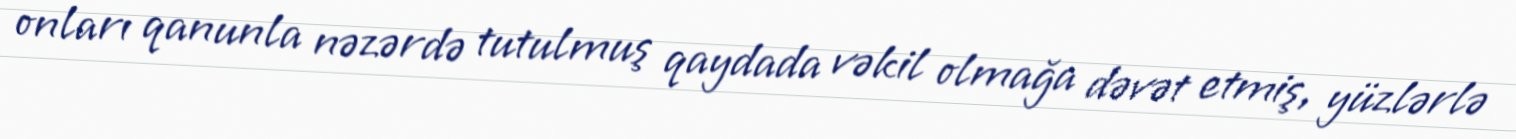
onları qanunla nəzərdə tutulmuş qaydada vəkil olmağa dəvət etmiş, yüzlərlə